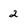
Character: 2